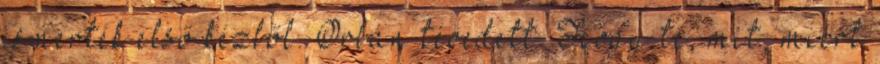
ismerték első kézből. Orbán tévedett. Hogy te, mit, miért